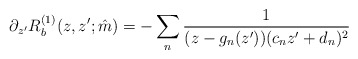
\begin{align*}\partial_{z'}R_b^{(1)}(z,z';\hat m)=-\sum_n\frac{1}{(z-g_n(z'))(c_nz'+d_n)^2}\end{align*}